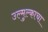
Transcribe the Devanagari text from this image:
उल्मुल्काचा